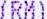
(RM)